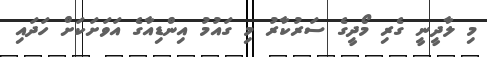
މި ލާދީނީ ގެރި މޯދީގެ ސަރުކާރު މި ގައުމު އިންޑިއާގެ އަވަށަކަށް ހަދައި